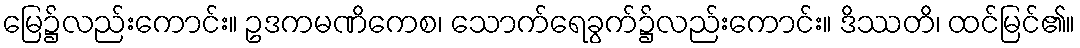
မြေ၌လည်းကောင်း။ ဥဒကမဏိကေစ၊ သောက်ရေခွက်၌လည်းကောင်း။ ဒိဿတိ၊ ထင်မြင်၏။